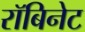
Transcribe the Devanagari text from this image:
रॉबिनेट